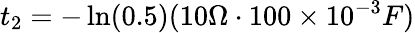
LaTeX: t_{2}=-\ln(0.5)(10\Omega\cdot 100\times 10^{-3}F)